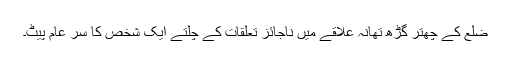
ضلع کے چھتر گڑھ تھانہ علاقے میں ناجائز تعلقات کے چلتے ایک شخص کا سر عام پیٹ۔